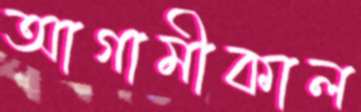
আগামীকাল